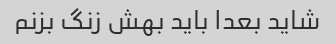
شاید بعدا باید بهش زنگ بزنم